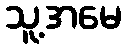
သူ့အမေ